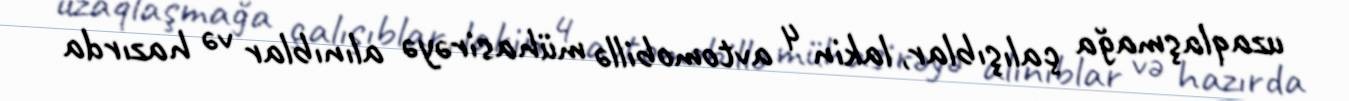
uzaqlaşmağa çalışıblar, lakin 4 avtomobillə mühasirəyə alınıblar və hazırda